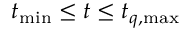
t _ { \mathrm { m i n } } \le t \le t _ { q , \mathrm { m a x } }